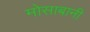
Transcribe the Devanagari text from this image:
मोसाबानी